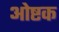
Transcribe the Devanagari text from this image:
ओष्टक